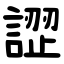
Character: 䜀